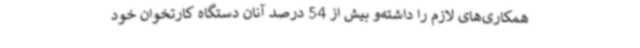
همکاری‌های لازم را داشته‌و بیش‌ ‌از 54 درصد آنان دستگاه کارتخوان خود